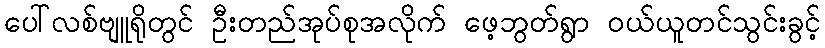
ပေါ်လစ်ဗျူရိုတွင် ဦးတည်အုပ်စုအလိုက် ဖေ့ဘွတ်ရွာ ဝယ်ယူတင်သွင်းခွင့်